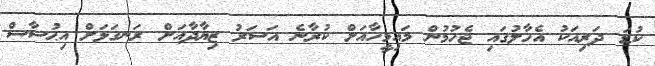
ކުޑަ ދަރިއަކު އެހާލުގައި ޖެހުމުން މައިމީހާއަށް ކުރާނެ އަސަރު ޒިޔާދާއަށް ރަނގަޅަށް އިޙުސާސް